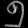
Digit: ၅